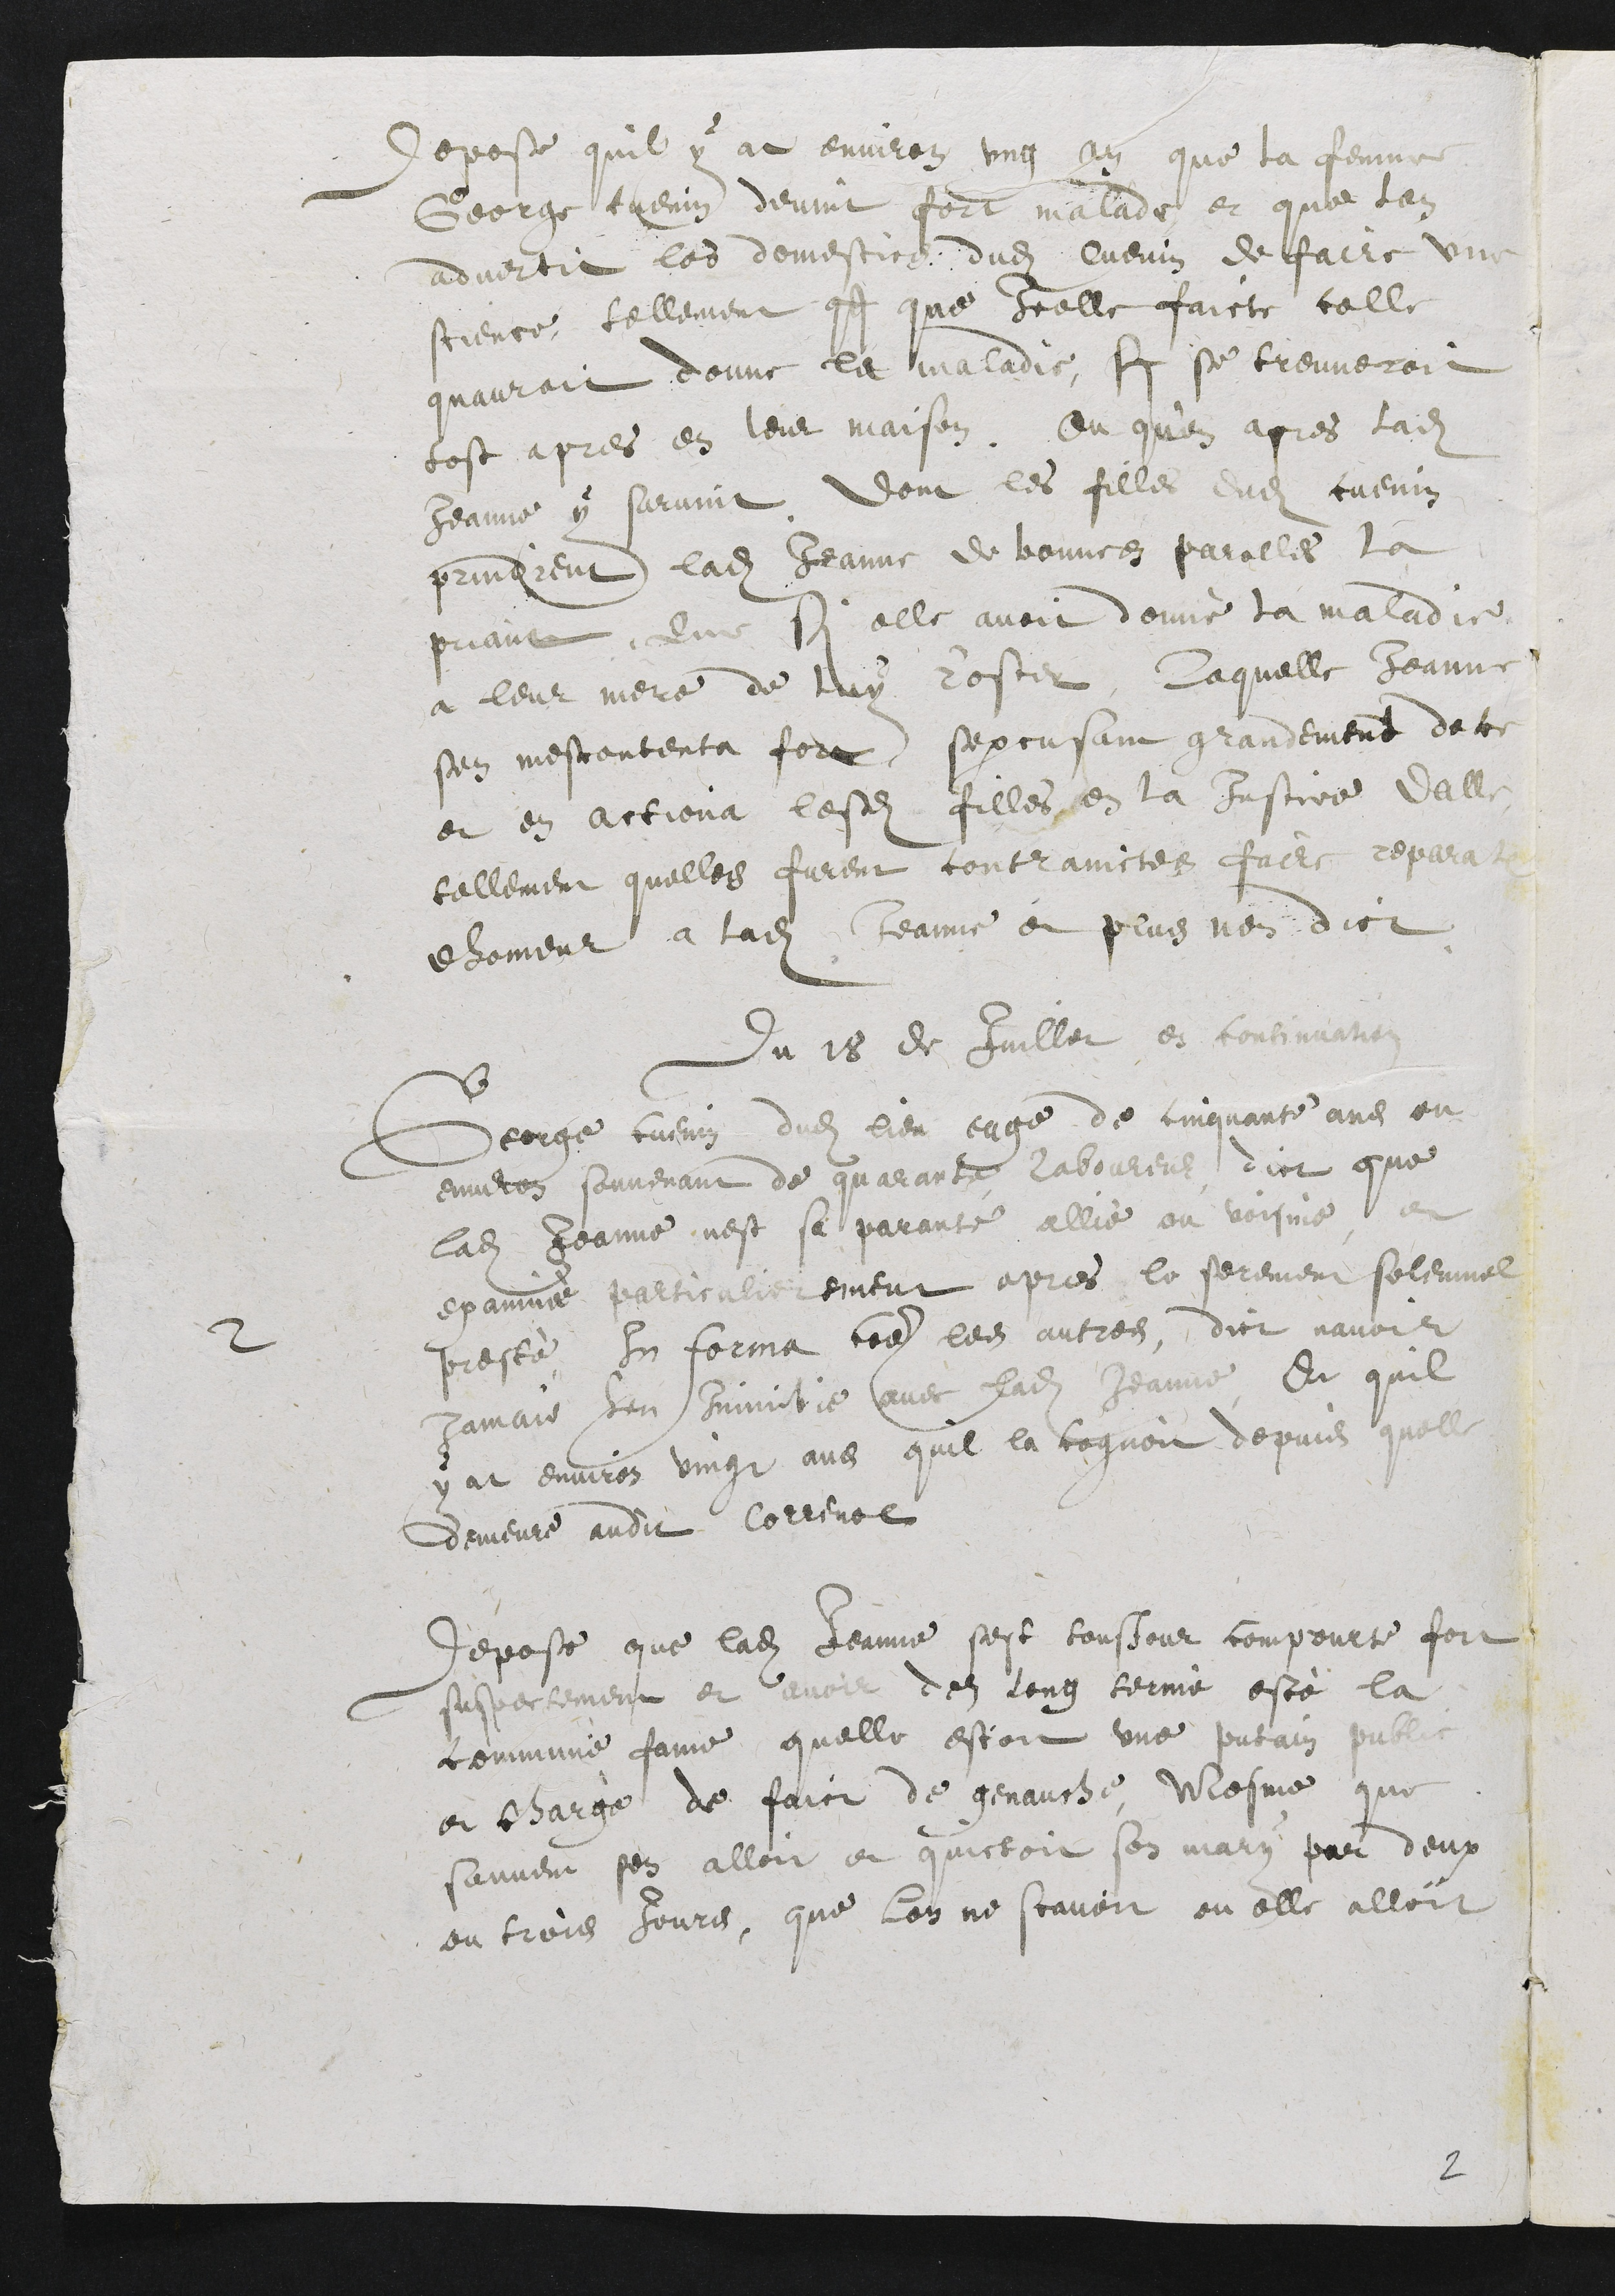
depose quil y at environ ung an que la femme
George cuenin devint fort malade et que lon
advertit les domestics dudit Cuenin de faire une
science, tellement qs que icelle faicte celle
quauroit donne le maladie, si se treuveroit
tost apres en leur maison, Ou quen apres ladite
Jeanne y survint dont les filles dudit cuenin
prindrent ladite Jeanne de bonnes parolles la
priant Que si elle avoit donné la maladie
a leur mere de luy r'oster. Laquelle Jeanne
sen mescontenta fort, sexcusant grandement de ce
et en actiona lesdites filles en la justice dAlle
tellement quelles furent contrainctes faire reparation
dhonneur a ladite Jeanne et plus nen dict
Du 18 de Juillet en continuation
2
George Cuenin dudit lieu, eage de cinquante ans ou
environ souvenant de quarante laboureur dict que
ladite Jeanne, nest se parante allié ou voisine, et
examiné particulierement apres le serement solemnel
presté In forma coe les autres, dict navoir
jamais heu Inimitie avec ladite Jeanne Et quil
y at environ vingt ans quil la cognoit depuis quelle
demeure audit Correnol
Depose que ladite Jeanne sest tousjour compourte fort
suspectement et avoir dez long terme esté la
commune fame quelle estoit une putain public
et charge de faict de genauche, Mesme que
souvent sen alloit et quictoit son mary par deux
ou trois jours, que lon ne scavoit ou elle alloit

2